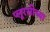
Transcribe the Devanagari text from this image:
प्लूरसीच्या